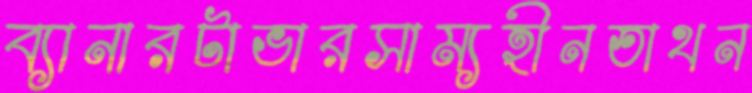
ব্যানারটাভারসাম্যহীনতাথন